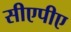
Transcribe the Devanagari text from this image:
सीएपीए